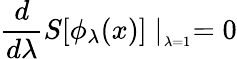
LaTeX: \frac{d}{d\lambda}S[\phi_{\lambda}(x)]\mid_{_{\lambda=1}}=0